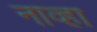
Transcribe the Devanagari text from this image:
नाव्हा